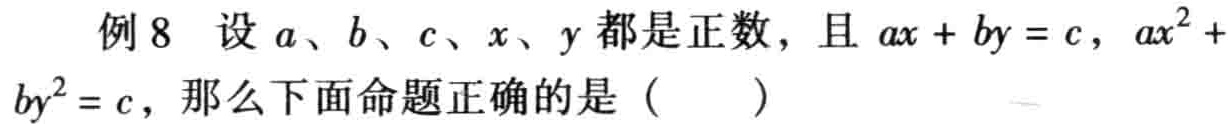
例 8 设\(a、b、c、x、y\)都是正数，且\(ax + by = c\)，\(ax^{2}+by^{2}=c\)，那么下面命题正确的是（  ）